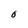
Character: O